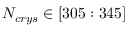
N _ { c r y s } \in [ 3 0 5 : 3 4 5 ]